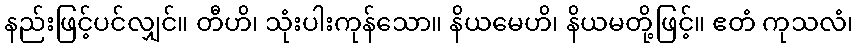
နည်းဖြင့်ပင်လျှင်။ တီဟိ၊ သုံးပါးကုန်သော။ နိယမေဟိ၊ နိယမတို့ဖြင့်။ ဧတံ ကုသလံ၊